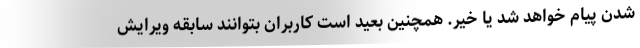
شدن پیام خواهد شد یا خیر. همچنین بعید است کاربران بتوانند سابقه ویرایش